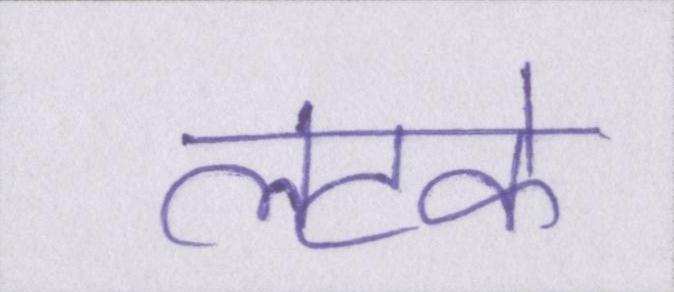
लटके